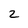
Character: 2